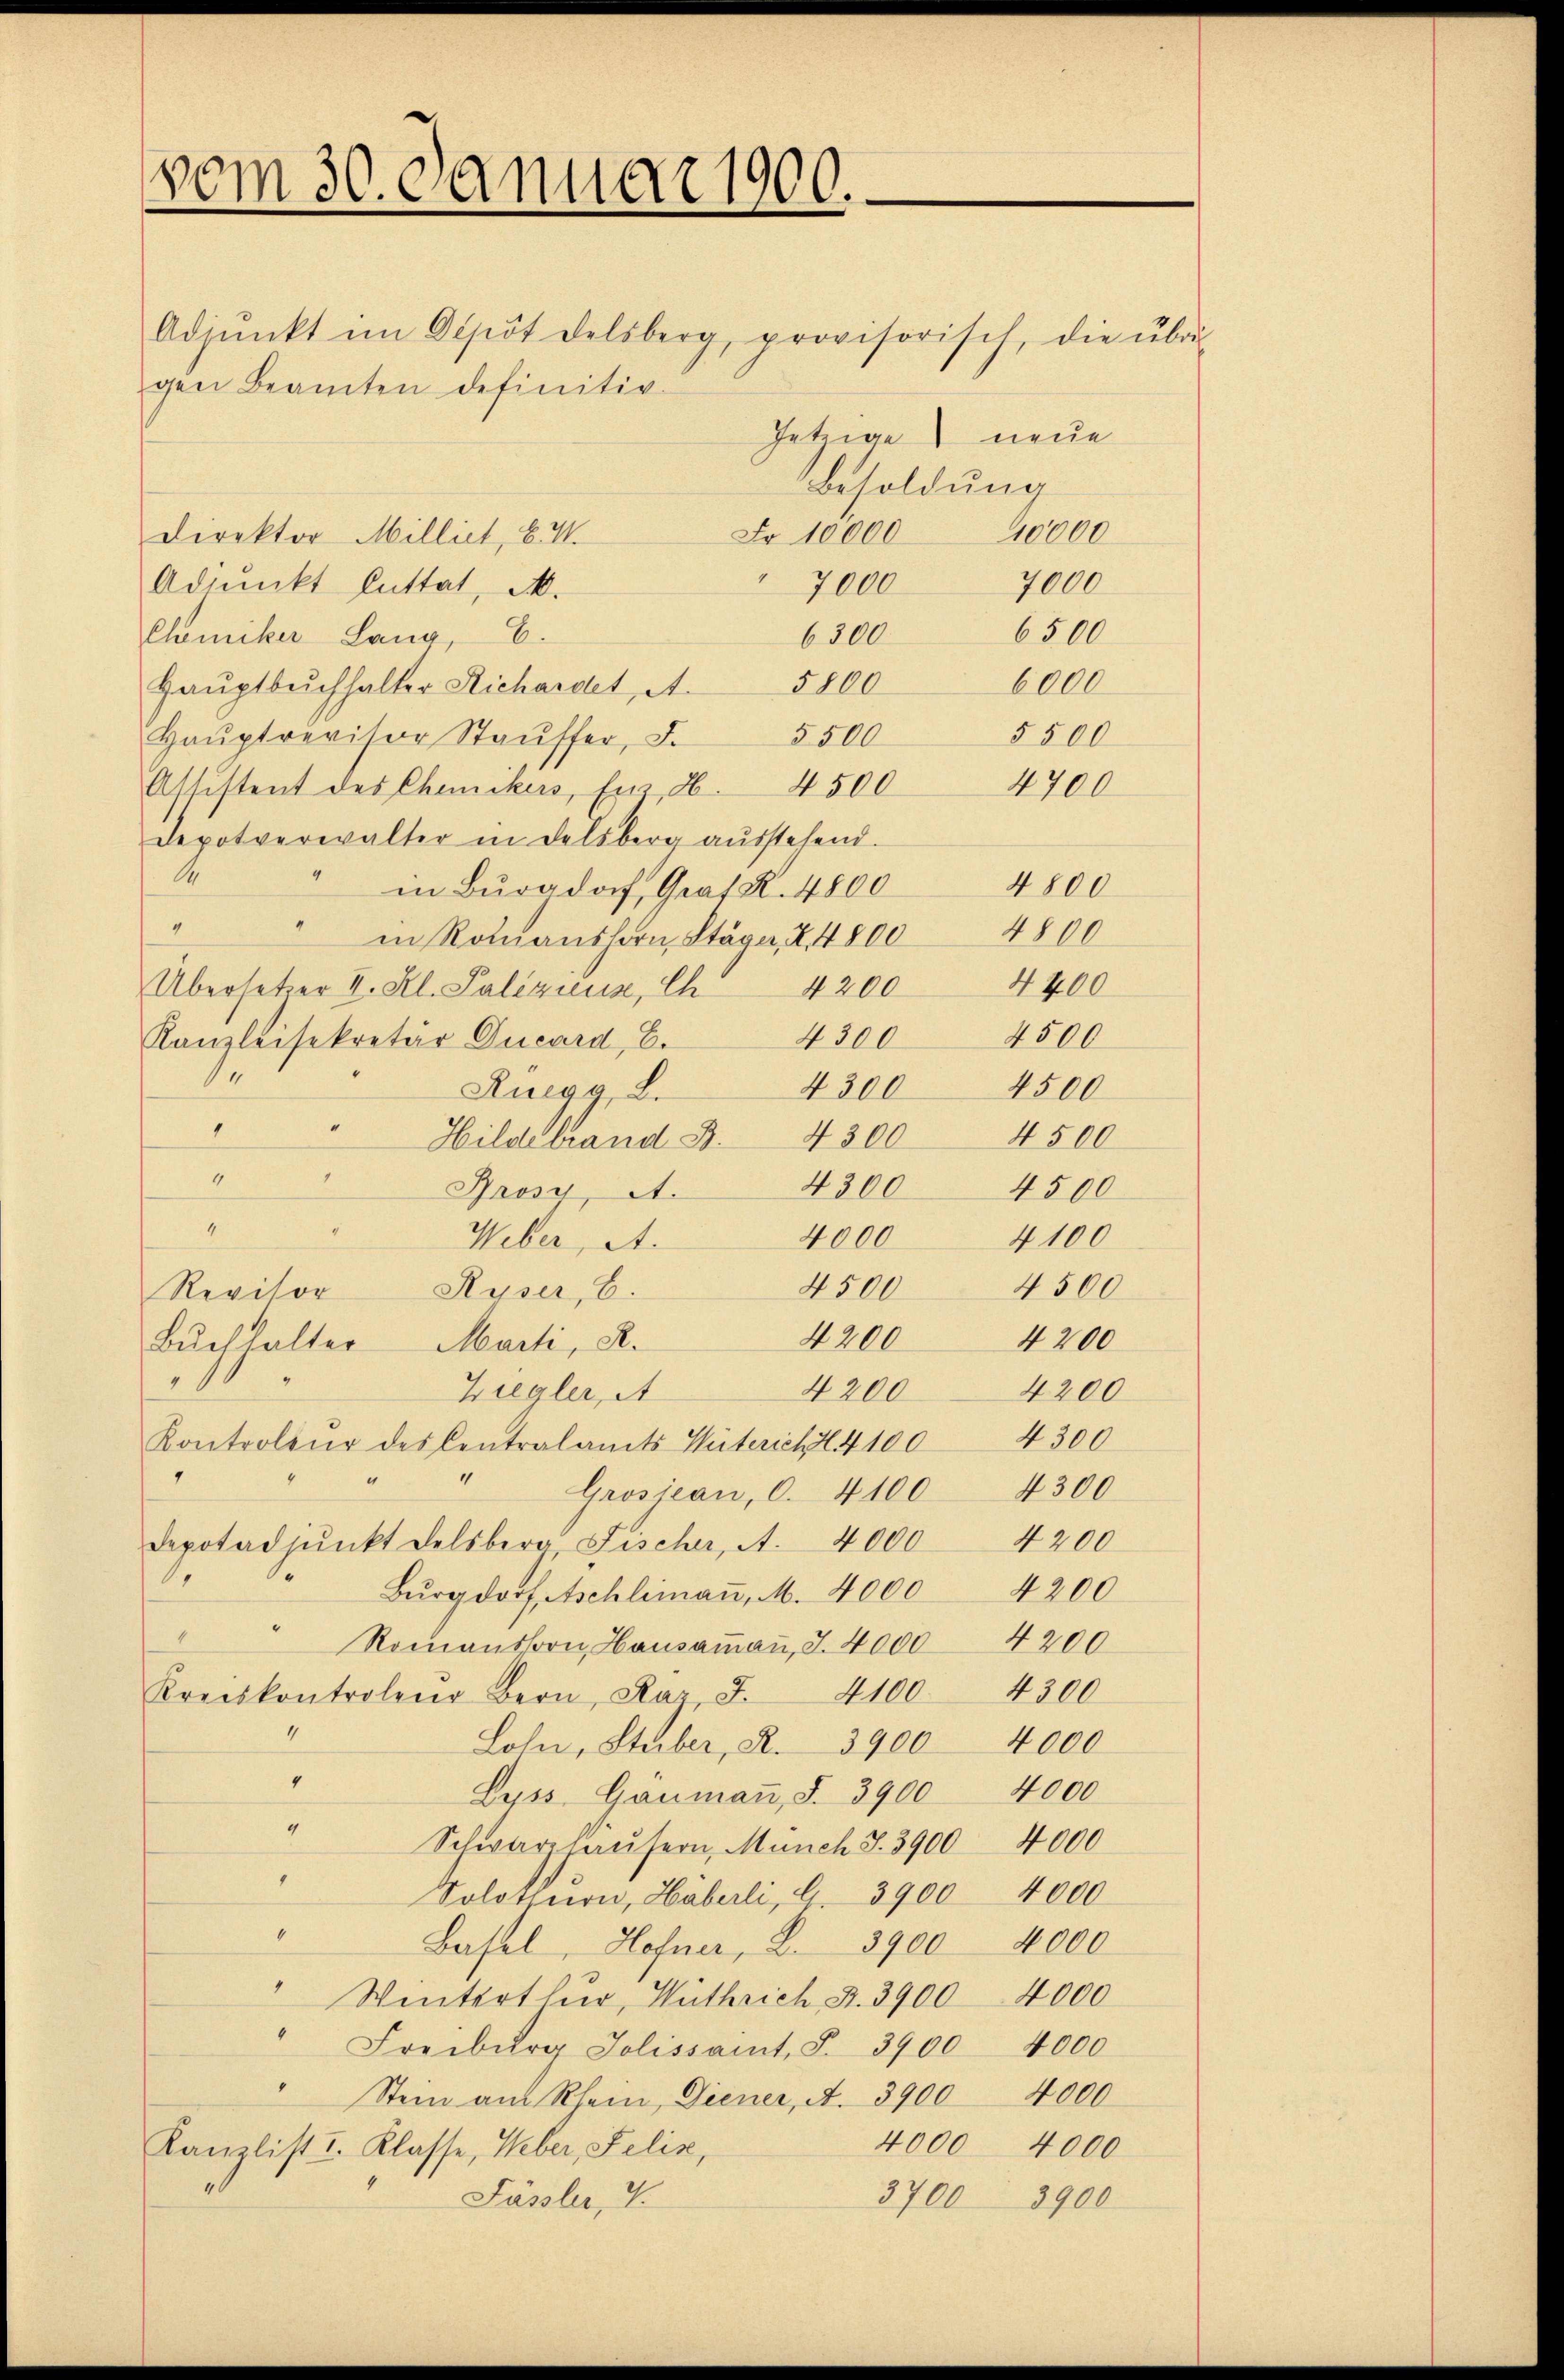
vom 30. Januar 1900.

Adjŭnkt im Obpot delsberg, provisorisch, die übri-
gen Beamten definitiv
Jetzige neue
Besoldung
40000
Fr. 10000
Direktor Milliet, v. M.
7000
Adjunkt bittet, M.
7000
6500
Chemiker Lang, E.
6300
6000
Haŭptbuchhalter Richardet A. 5800
5500.
Haŭptrevisor Staŭffer, d.
5500
Assistent des Chemikers, für 86. 4500 4700
Depotverwalter in Delsberg aŭsstehend.
1
4800
in Burgdorf, Graf K. 4800
4
in Romanshorn Stäge, I 4800 4800
4400
Übersetzer II. Kl. Paliziena, Ch 4200
4300 4500
Kanzleisekretär Ducard, B.
.
Ruegg, d.
4300 4500
1
Hildebrand 3. 4300 4500
4
4300
Pros, A.
4500
4
4100
4000
Weber, A.
4500
4500
Ruser, 6.
Revisor
4200
4200
Buchhalter Marti, R.
4200
4200
Ziegler, A
Kontroleur des Centralamts Wütericht 4100 4300
"
Grosiean, 0. 4100 4300
4200
Depotadjunkt Delsberg, Fischer, A. 4000
Burgdorf, Aschlimaṅ, M. 4000 4200
"" Romanshorn, Haŭsaṁaṅ, S. 4000 4200
Kreiskontrolen Bern, Raz, I. 4100. 4300
4
Lohn, Stuber, R. 3900 4000
“
Duss, Gaŭmaṅ, S. 3900 4000
4
Schwarzhaŭsern, Münch S. 3900. 4000
Solothurn, Häberli, G. 3900. 4000
4
Basel, Hofner, 2. 3900 4000
4
Winterthur, Wuthrich S. 3900 4000
“
Freiburg Jolissant. S. 3900 4000
Stein aus Rhein, Diener, A. 3900 4000
4000 4000
Kanzlist I. Klasse, Weber, Felix,
Fässler, I
3700 3900